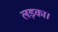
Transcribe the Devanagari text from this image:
लड़का।